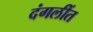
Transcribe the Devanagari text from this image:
दंगलींत